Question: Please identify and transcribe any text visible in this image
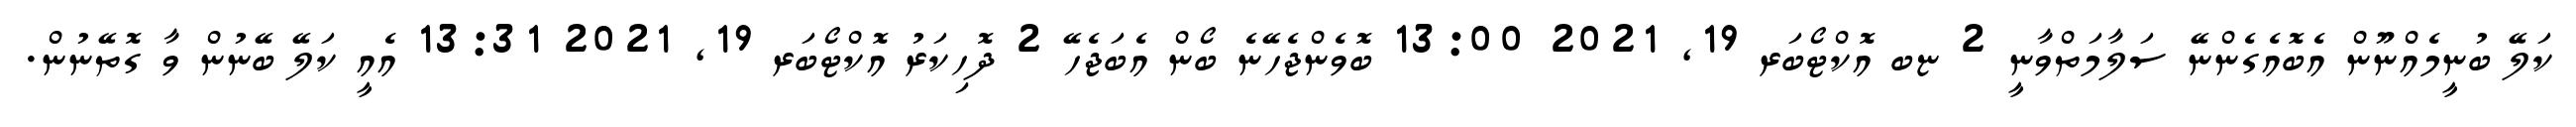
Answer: ކަލޭ ބުނީމެއްނޫން އެބޮއެގެންނޭ ސަލާމަތްވާނީ 2 ޏބ އޮކްޓޯބަރ 19, 2021 13:00 ބޮވެންޖެހޭނެ ބޯން އެބަޖެހޭ 2 ދޮހިކަރު އޮކްޓޯބަރ 19, 2021 13:31 އެއީ ކަލޭ ބޭނުން ވާ ގޮތޭނުން.